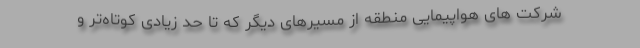
شرکت های هواپیمایی منطقه از مسیرهای دیگر که تا حد زیادی کوتاه‌تر و